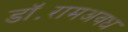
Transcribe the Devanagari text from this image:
डॉ॰रामअवध